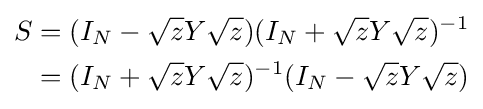
{\begin{aligned}S&=(I_{N}-{\sqrt {z}}Y{\sqrt {z}})(I_{N}+{\sqrt {z}}Y{\sqrt {z}})^{-1}\\&=(I_{N}+{\sqrt {z}}Y{\sqrt {z}})^{-1}(I_{N}-{\sqrt {z}}Y{\sqrt {z}})\\\end{aligned}}